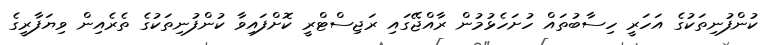
ކުންފުނިތަކުގެ އަހަރީ ހިސާބުތައް ހުށަހެޅުމުން ރާއްޖޭގައި ރަޖިސްޓްރީ ކޮށްފައިވާ ކުންފުނިތަކުގެ ތެރެއިން ވިޔަފާރީގެ